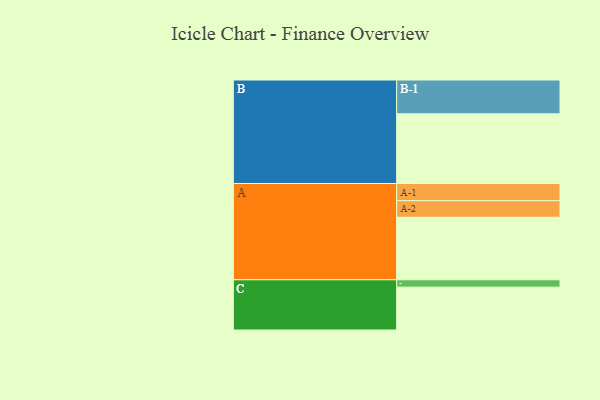
{"axis": {"x": "Segment", "y": "Value"}, "legend": ["", "A", "B", "C"], "data": [{"x": "A", "y": 528, "type": ""}, {"x": "B", "y": 588, "type": ""}, {"x": "C", "y": 362, "type": ""}, {"x": "A-1", "y": 145, "type": "A"}, {"x": "A-2", "y": 140, "type": "A"}, {"x": "B-1", "y": 286, "type": "B"}, {"x": "C-1", "y": 62, "type": "C"}]}